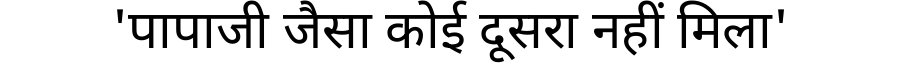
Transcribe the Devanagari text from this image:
'पापाजी जैसा कोई दूसरा नहीं मिला'